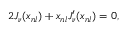
2 J _ { \nu } ( x _ { n l } ) + x _ { n l } J _ { \nu } ^ { \prime } ( x _ { n l } ) = 0 ,